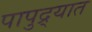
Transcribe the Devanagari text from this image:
पापुद्र्यात